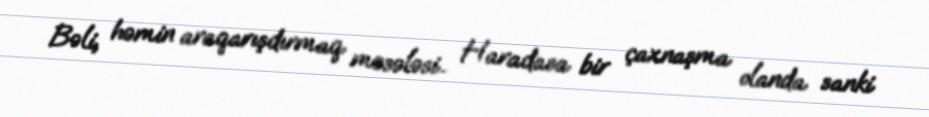
Bəli, həmin araqarışdırmaq məsələsi... Haradasa bir çaxnaşma olanda sanki